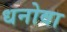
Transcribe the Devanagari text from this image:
धनोवा